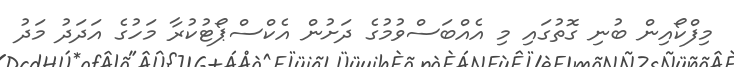
މިފްކޯއިން ބުނި ގޮތުގައި މި އެއްބަސްވުމުގެ ދަށުން އެކްސްޕޯޓުކުރާ މަހުގެ އަދަދު މަދު